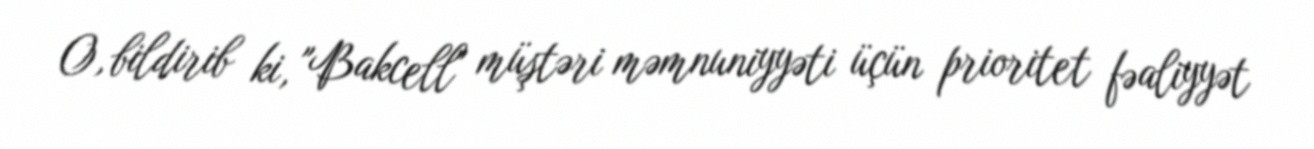
O, bildirib ki, "Bakcell" müştəri məmnuniyyəti üçün prioritet fəaliyyət